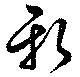
新